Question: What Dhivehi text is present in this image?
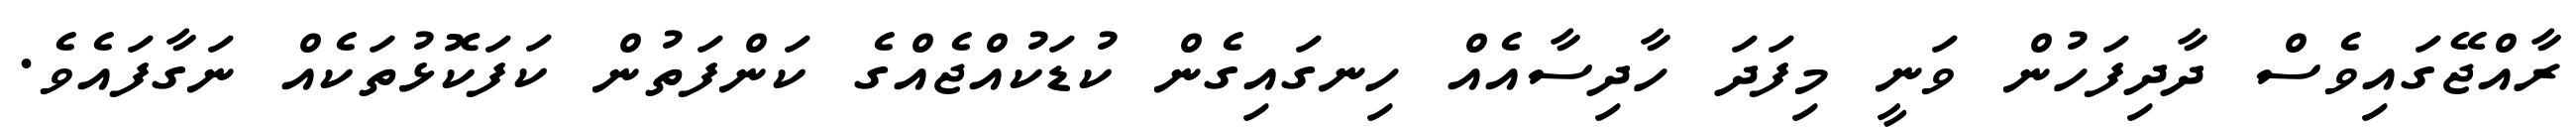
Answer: ރާއްޖޭގައިވެސް ދާދިފަހުން ވަނީ މިފަދަ ހާދިސާއެއް ހިނގައިގެން ކުޑަކުއްޖެއްގެ ކަންފަތުން ކަފަކޮޅުތަކެއް ނަގާފައެވެ.